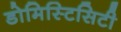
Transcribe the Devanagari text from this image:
डोमिस्टिसिटी